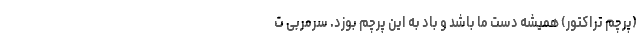
(پرچم تراکتور) همیشه دست ما باشد و باد به این پرچم بوزد. سرمربی ت